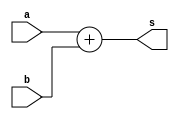
`timescale 1ns / 1ps
//////////////////////////////////////////////////////////////////////////////////
// Company: 
// Engineer: 
// 
// Design Name: 
// Module Name:    adder24 
// Project Name: 
// Target Devices: 
// Tool versions: 
// Description: 
//
// Dependencies: 
//
// Revision: 
// Revision 0.01 - File Created
// Additional Comments: 
//
//////////////////////////////////////////////////////////////////////////////////
module adder24(
    input [23:0] a,
    input [23:0] b,
    output [23:0] s
    );

assign s=a+b;

endmodule